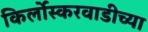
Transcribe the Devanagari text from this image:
किर्लोस्करवाडीच्या